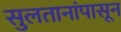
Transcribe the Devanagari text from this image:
सुलतानांपासून